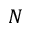
N